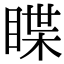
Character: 䁋